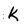
Character: k